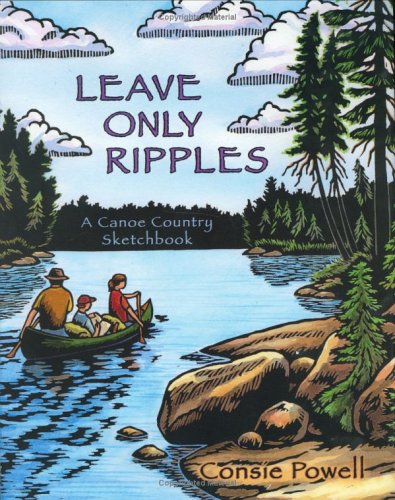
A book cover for Leave Only Ripples: A Canoe Country Sketchbook; Consie Powell; Children's Books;